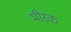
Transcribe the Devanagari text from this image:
मीरक